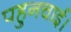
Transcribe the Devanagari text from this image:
पहुनचाई।